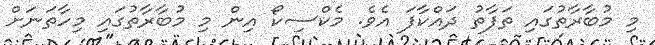
މި މުބާރާތުގައި ތަފާތު ދައްކާފަ އެވެ. މެކްސިކޯ އިން މި މުބާރާތުގައި މިހާތަނަށް